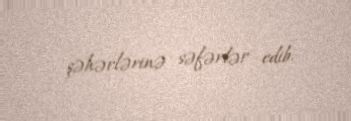
şəhərlərinə səfərlər edib.